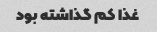
غذا کم گذاشته بود